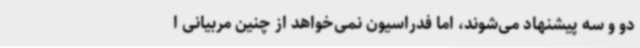
دو و سه پیشنهاد می‌شوند، اما فدراسیون نمی‌خواهد از چنین مربیانی ا